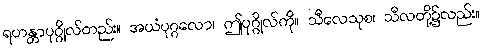
ရဟန္တာပုဂ္ဂိုလ်တည်း။ အယံပုဂ္ဂလော၊ ဤပုဂ္ဂိုလ်ကို။ သီလေသုစ၊ သီလတို့၌လည်း။